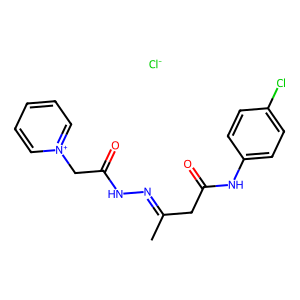
SMILES: CC(CC(=O)Nc1ccc(Cl)cc1)=NNC(=O)C[n+]1ccccc1.[Cl-]
Inhibits HIV replication: No